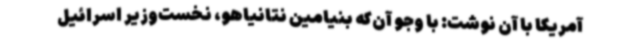
آمریکا با آن نوشت: با وجو آن‌که بنیامین نتانیاهو، نخست‌وزیر اسرائیل